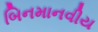
બિનમાનવીય